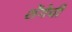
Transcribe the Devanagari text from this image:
शेंगेची